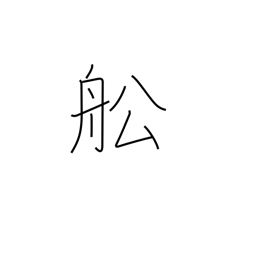
Meaning: vessel